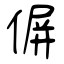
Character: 偋